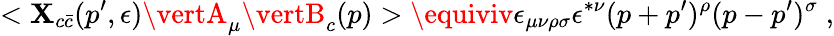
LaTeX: <\mathbf{X}_{c\bar{{c}}}(p^{\prime},\epsilon)\vertA_{\mu}\vertB_{c}(p)>\equiviv\epsilon_{\mu\nu\rho\sigma}\epsilon^{*\nu}(p+p^{\prime})^{\rho}(p-p^{\prime})^{\sigma}\; ,